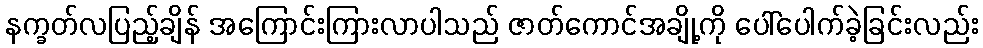
နက္ခတ်လပြည့်ချိန် အကြောင်းကြားလာပါသည် ဇာတ်ကောင်အချို့ကို ပေါ်ပေါက်ခဲ့ခြင်းလည်း